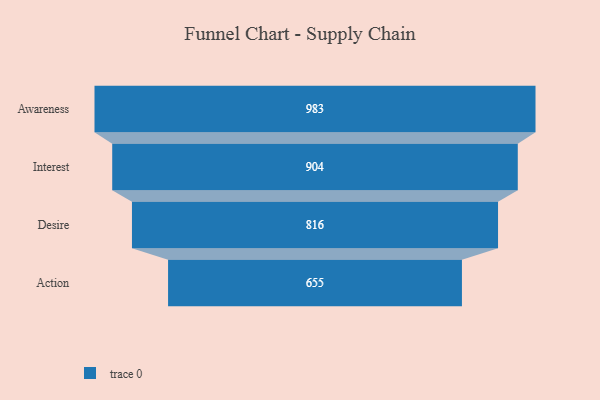
{"axis": {"x": "Stage", "y": "Value"}, "legend": [""], "data": [{"x": "Awareness", "y": 983.0, "type": ""}, {"x": "Interest", "y": 904.0, "type": ""}, {"x": "Desire", "y": 816.0, "type": ""}, {"x": "Action", "y": 655.0, "type": ""}]}